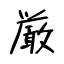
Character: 厳